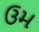
ઉમ